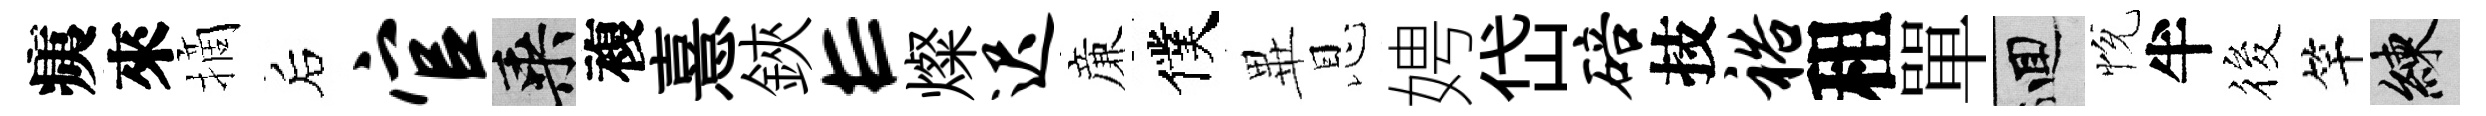
痍來摘后官乘複憙鋏E燦迟亷僕𭺾恩娉岱碚技裕租單回恱半筱竿練